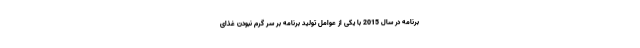
برنامه در سال 2015 با یکی از عوامل تولید برنامه بر سر گرم نبودن غذای